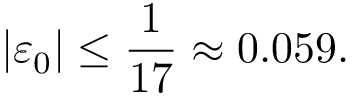
\vert \varepsilon _ { 0 } \vert \leq { \frac { 1 } { 1 7 } } \approx 0 . 0 5 9 .